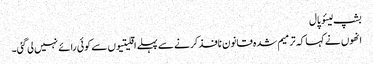
بشپ لیئو پال
انھوں نے کہا کہ ترمیم شدہ قانون نافذ کرنے سے پہلے اقلیتیوں سے کوئی رائے نہیں لی گئی۔